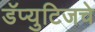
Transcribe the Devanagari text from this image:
डॅप्युटिजचे